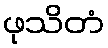
ဖုသိတံ